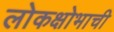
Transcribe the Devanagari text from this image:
लोकक्षोभाची